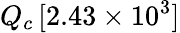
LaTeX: Q_{c}\, [2.43\times 10^{3}]